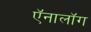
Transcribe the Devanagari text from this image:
ऍनालॉग